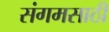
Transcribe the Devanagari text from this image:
संगमसाठी